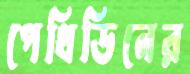
পেথিডিনের